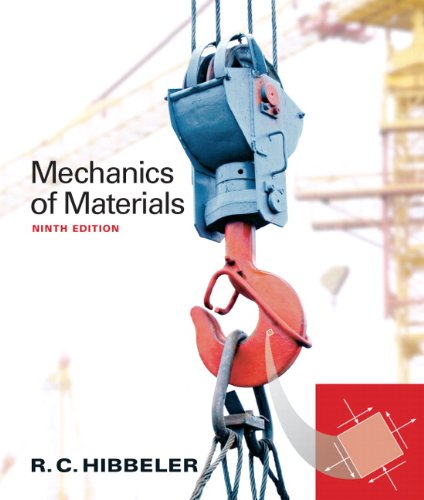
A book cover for Mechanics of Materials (9th Edition); Russell C. Hibbeler; Engineering & Transportation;